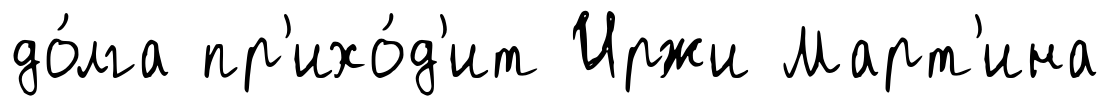
до́лга пр'ихо́д'ит Иржи Март'ина